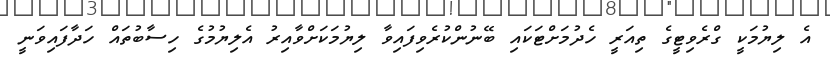
އެ ލިޔުމަކީ ގްރެވިޓީގެ ތިއަރީ ހެދުމަށްޓަކައި ބޭނުންކުރެވިފައިވާ ލިޔުމަކަށްވާއިރު އެލިޔުމުގެ ހިސާބުތައް ހަދާފައިވަނީ